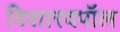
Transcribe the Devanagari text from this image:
विशारदपॉल